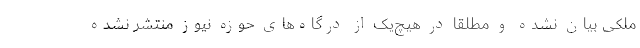
ملکی بیان نشده و مطلقا در هیچ‌یک از درگاه‌های حوزه نیوز منتشر نشده